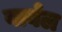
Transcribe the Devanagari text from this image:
वार्बल